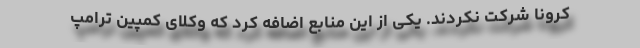
کرونا شرکت نکردند. یکی از این منابع اضافه کرد که وکلای کمپین ترامپ